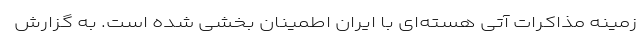
زمینه مذاکرات آتی هسته‌ای با ایران اطمینان بخشی شده است. به گزارش